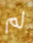
لم